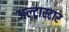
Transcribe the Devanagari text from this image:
अल्ट्रास्टार